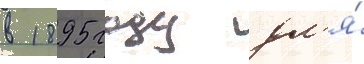
в 1895 году дл'я́